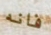
فانه